Newspaper: Daily press and Dakotaian. [volume]
Place of publication: Yankton, Dakota Territory [S.D.]
Publisher: Bowen & Kingsbury
Date: 1875-12-18 00:00:00
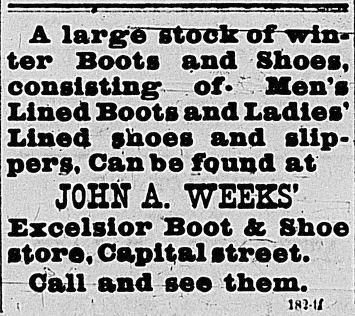
Advertisement text (OCR):
A largft tttoch uf wlli« ter Boots and Shoes, consisting* of* Men's Lined Boots and Ladies* Lined shoes and slip pers, Can be found at J0H2ST A. WEEKS' Excelsior Boot & Shoe store* Capital street.'HI Call and see them. 1H11/
Label: text-only